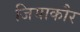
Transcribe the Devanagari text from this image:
जियाकौर